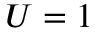
U = 1